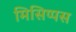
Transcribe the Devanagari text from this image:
मिसिप्पस